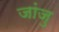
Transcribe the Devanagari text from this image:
जांजु